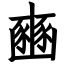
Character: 豳